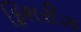
ફિશરીઝ